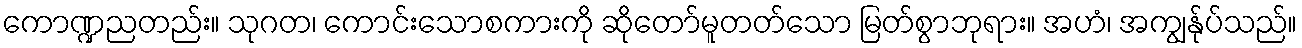
ကောဏ္ဍညတည်း။ သုဂတ၊ ကောင်းသောစကားကို ဆိုတော်မူတတ်သော မြတ်စွာဘုရား။ အဟံ၊ အကျွန်ုပ်သည်။